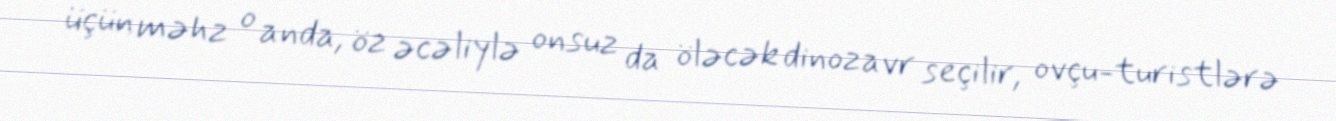
üçün məhz o anda, öz əcəliylə onsuz da öləcək dinozavr seçilir, ovçu-turistlərə